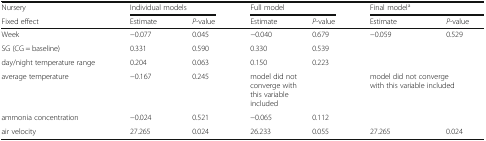
<table><thead><tr><td><b>Nursery</b></td><td colspan="2"><b>Individual models</b></td><td colspan="2"><b>Full model</b></td><td colspan="2"><b>Final model<sup>a</sup></b></td></tr><tr><td><b>Fixed effect</b></td><td><b>Estimate</b></td><td><b><i>P</i>-value</b></td><td><b>Estimate</b></td><td><b><i>P</i>-value</b></td><td><b>Estimate</b></td><td><b><i>P</i>-value</b></td></tr></thead><tbody><tr><td>Week</td><td>−0.077</td><td>0.045</td><td>−0.040</td><td>0.679</td><td>−0.059</td><td>0.529</td></tr><tr><td>SG (CG = baseline)</td><td>0.331</td><td>0.590</td><td>0.330</td><td>0.539</td><td></td><td></td></tr><tr><td>day/night temperature range</td><td>0.204</td><td>0.063</td><td>0.150</td><td>0.223</td><td></td><td></td></tr><tr><td>average temperature</td><td>−0.167</td><td>0.245</td><td colspan="2">model did not converge with this variable included</td><td colspan="2">model did not converge with this variable included</td></tr><tr><td>ammonia concentration</td><td>−0.024</td><td>0.521</td><td>−0.065</td><td>0.112</td><td></td><td></td></tr><tr><td>air velocity</td><td>27.265</td><td>0.024</td><td>26.233</td><td>0.055</td><td>27.265</td><td>0.024</td></tr></tbody></table>